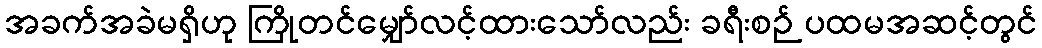
အခက်အခဲမရှိဟု ကြိုတင်မျှော်လင့်ထားသော်လည်း ခရီးစဉ် ပထမအဆင့်တွင်